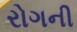
રોગની